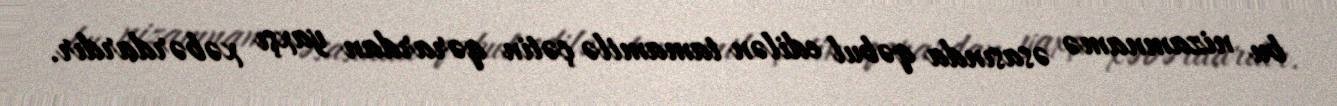
bu nizamnamə əsasında qəbul edilən tamamilə çətin qərardan yaxşı xəbərdardır.